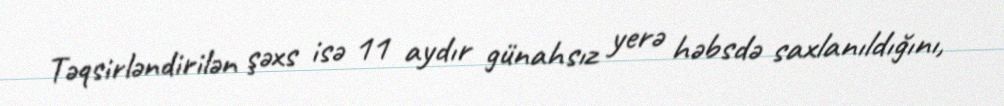
Təqsirləndirilən şəxs isə 11 aydır günahsız yerə həbsdə saxlanıldığını,